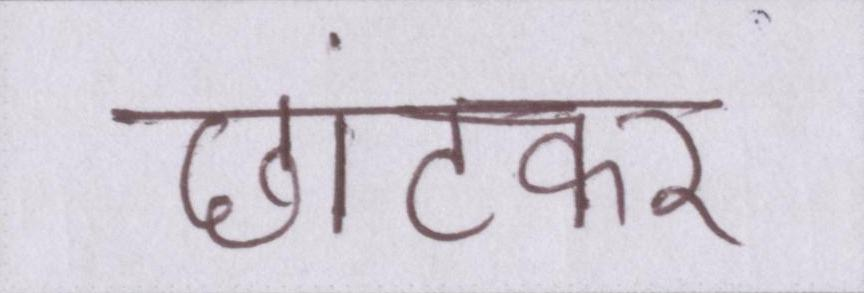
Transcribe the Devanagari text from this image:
छांटकर